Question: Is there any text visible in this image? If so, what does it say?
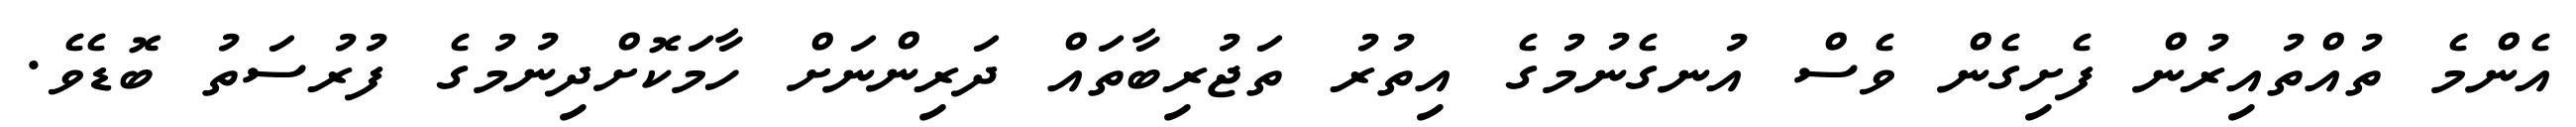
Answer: އެންމެ ތުއްތުއިރުން ފެށިގެން ވެސް އުނގެނުމުގެ އިތުރު ތަޖުރިބާތައް ދަރިންނަށް ހާމަކޮށްދިނުމުގެ ފުރުސަތު ބޮޑެވެ.